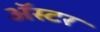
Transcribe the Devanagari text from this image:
ॲस्टर